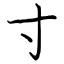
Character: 寸